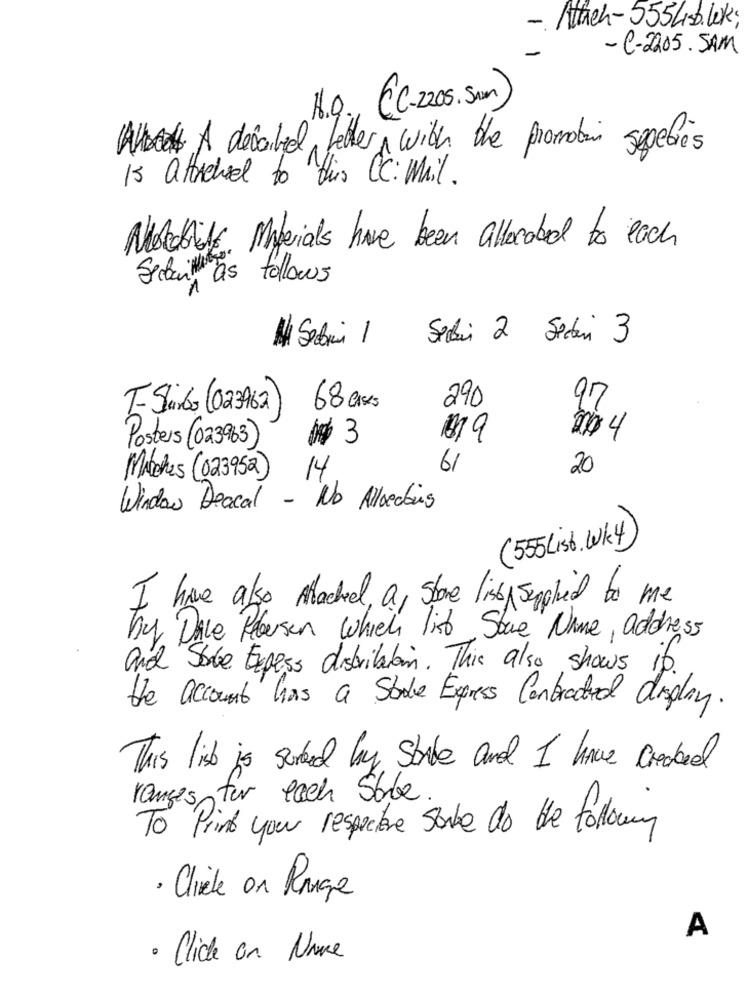
- Attich-5554sb.60k;
- C-2205. SAM
H.O. (C-2205. Sam)
A A decarted better with the promotion segebres
is attached to this C: Mail.
Nostabile, Materials have been allorabad to each
Sekun as follows
-
Selvi 2 Sedani 3
290
97
T-Sido (023962)
68 ass
0$ 3
019
20 4
Posters (023963)
14
61
20
Matches (023952)
Window Deacal - No Allbeckins
(55 List. Wk4)
I have also Machel , a , Shore listy supplied to me
Ky Die Rebersen which list Stue" Name , address
and Sabe Express distribution. This also shows
if
the account has a Stake Express Contracted display.
This list is sorted by State and I have created
ranges für each Sibbe
To Print your respective soube do the following
Clièle on Rouge
A
· Click on Nove